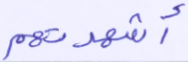
أشهدتهم